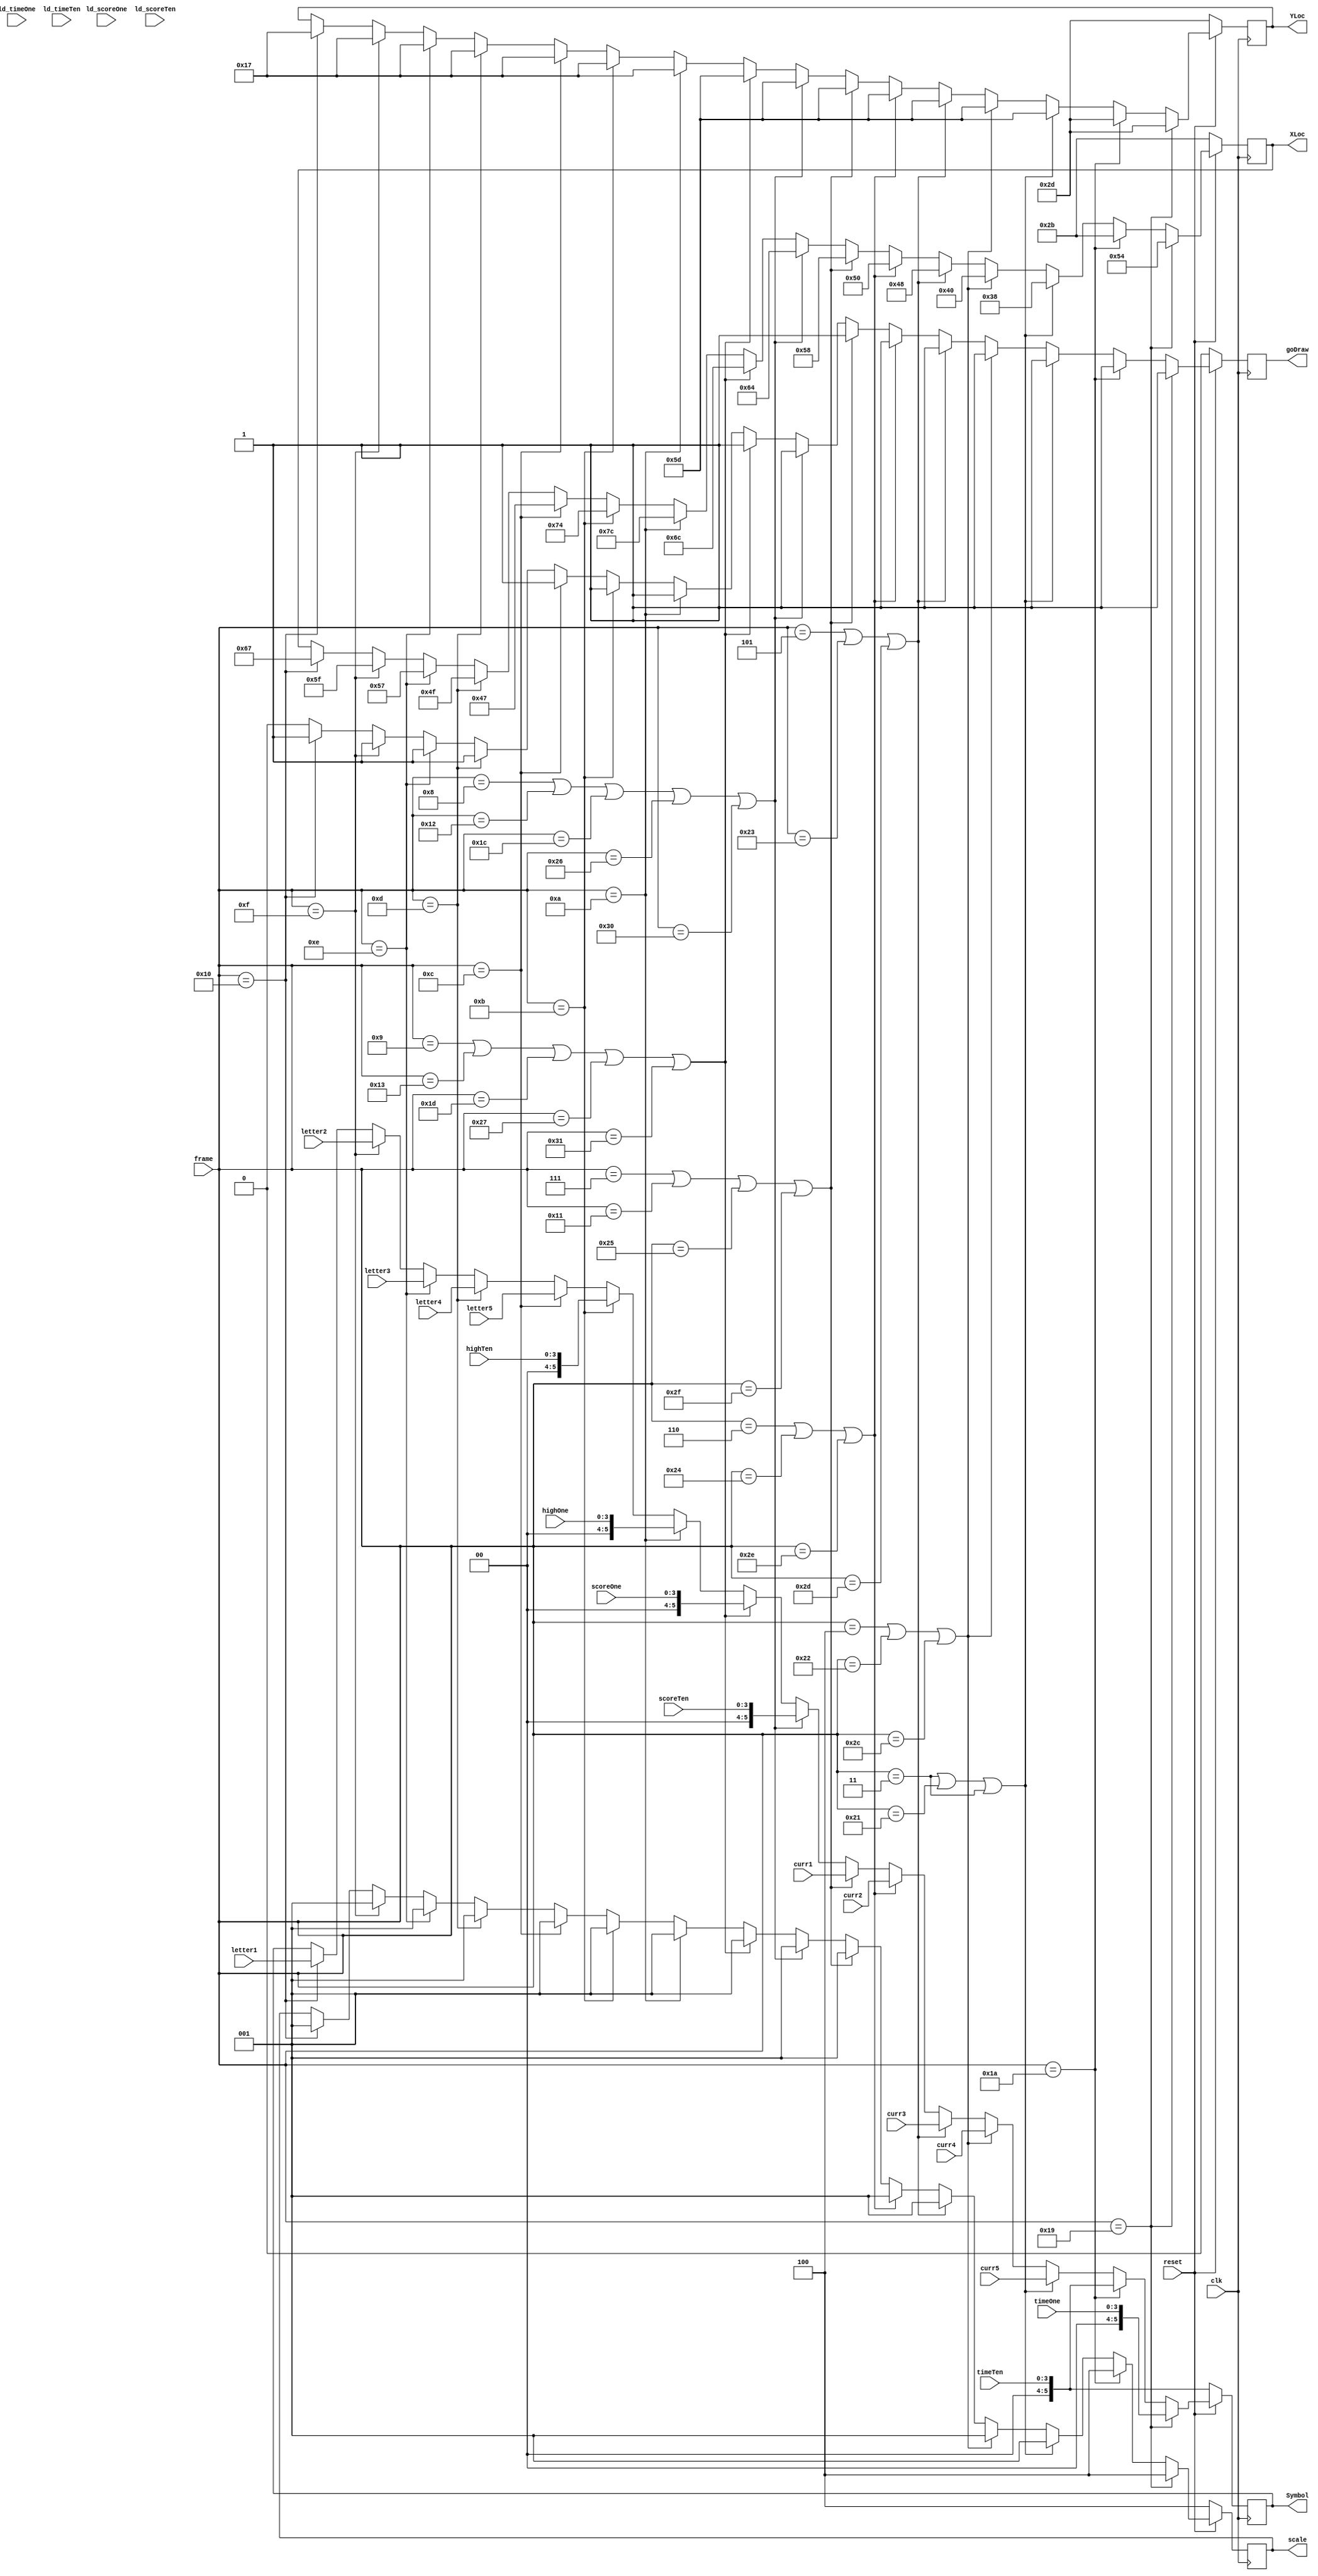
module display_dp(input clk, reset, ld_timeOne, ld_timeTen, ld_scoreOne, ld_scoreTen, input [5:0] letter1, letter2, letter3, letter4, letter5, curr5, curr4, curr3, curr2, curr1, input [5:0] frame, input [3:0]timeOne, timeTen, scoreOne, scoreTen, highOne, highTen, output reg [7:0]XLoc, output reg [6:0]YLoc, output reg [5:0]Symbol, output reg [2:0] scale, output reg goDraw);
	always @ (posedge clk) begin
		//WILL END UP BEING HIGH SCORE RESET
		if (!reset) begin
			XLoc <= 8'd43;
			YLoc <= 7'd45;
			Symbol <= {2'b0, timeTen}; 
			scale <= 3'b100;
			goDraw <= 0;
		end
		
		//if (ld_timeOne) begin
		//LOAD TIME
		else if (frame == 6'd25) begin
			XLoc <= 8'd84;
			YLoc <= 7'd45;
			Symbol <= {2'b0, timeOne};
			goDraw <= 1'b1;
			scale <= 3'b100;
		end
		else if (frame == 6'd26) begin
			XLoc <= 8'd43;
			YLoc <= 7'd45;
			Symbol <= {2'b0, timeTen};
			goDraw <= 1'b1;
			scale <= 3'b100;
		end
		else if (frame == 6'd3 || frame == 6'd33 || frame == 6'd3) begin
			XLoc <= 8'd56;
			YLoc <= 7'd93;
			Symbol <= curr5;
			goDraw <= 1'b1;
			scale <= 3'b001;
		end
		//LOAD CURRENT NAME AND SCORE		
		else if (frame == 6'd4 || frame == 6'd34 || frame == 6'd44) begin
			XLoc <= 8'd64;
			YLoc <= 7'd93;
			Symbol <= curr4;
			goDraw <= 1'b1;
			scale <= 3'b001;
		end
		else if (frame == 6'd5 ||frame == 6'd35 || frame == 6'd45) begin
			XLoc <= 8'd72;
			YLoc <= 7'd93;
			Symbol <= curr3;
			goDraw <= 1'b1;
			scale <= 3'b001;
		end
		else if (frame == 6'd6 || frame == 6'd36 || frame == 6'd46) begin
			XLoc <= 8'd80;
			YLoc <= 7'd93;
			Symbol <= curr2;
			goDraw <= 1'b1;
			scale <= 3'b001;
		end
		else if (frame == 6'd7 || frame == 6'd17 || frame == 6'd37 || frame == 6'd47) begin
			XLoc <= 8'd88;
			YLoc <= 7'd93;
			Symbol <= curr1;
			goDraw <= 1'b1;
			scale <= 3'b001;
		end
		else if (frame == 6'd8 || frame == 6'd18 || frame == 6'd28 || frame == 6'd38 || frame == 6'd48) begin
			XLoc <= 8'd100;
			YLoc <= 7'd93;
			Symbol <= {2'b0, scoreTen};
			goDraw <= 1'b1;
			scale <= 3'b001;
		end
		else if (frame == 6'd9|| frame == 6'd19 || frame == 6'd29 || frame == 6'd39 || frame == 6'd49) begin
			XLoc <= 8'd108;
			YLoc <= 7'd93;
			Symbol <= {2'b0, scoreOne};
			goDraw <= 1'b1;
			scale <= 3'b001;
		end
		//load high score one
		else if (frame == 6'd10) begin
			XLoc <= 8'd124;
			YLoc <= 7'd23;
			Symbol <= {2'b0, highOne};
			goDraw <= 1'b1;
			scale <= 3'b001;
		end
		//load high score ten
		else if (frame == 6'd11) begin
			XLoc <= 8'd116;
			YLoc <= 7'd23;
			Symbol <= {2'b0, highTen};
			goDraw <= 1'b1;
			scale <= 3'b001;
		end
		//name
		else if (frame == 6'd12) begin
			XLoc <= 8'd71;
			YLoc <= 7'd23;
			Symbol <= {letter5};
			goDraw <= 1'b1;
			scale <= 3'b001;
		end
		else if (frame == 6'd13) begin
			XLoc <= 8'd79;
			YLoc <= 7'd23;
			Symbol <= {letter4};
			goDraw <= 1'b1;
			scale <= 3'b001;
		end
		else if (frame == 6'd14) begin
			XLoc <= 8'd87;
			YLoc <= 7'd23;
			Symbol <= letter3;
			goDraw <= 1'b1;
			scale <= 3'b001;
		end
		else if (frame == 6'd15) begin
			XLoc <= 8'd95;
			YLoc <= 7'd23;
			Symbol <= letter2;
			goDraw <= 1'b1;
			scale <= 3'b001;
		end
		else if (frame == 6'd16) begin
			XLoc <= 8'd103;
			YLoc <= 7'd23;
			Symbol <= letter1;
			goDraw <= 1'b1;
			scale <= 3'b001;
		end
		else
			goDraw <= 1'b0;
	end
endmodule